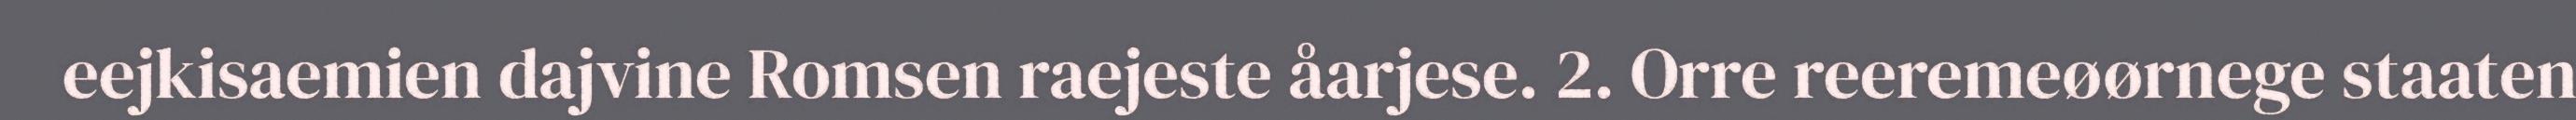
eejkisaemien dajvine Romsen raejeste åarjese. 2. Orre reeremeøørnege staaten